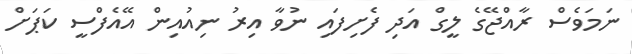
ނަމަވެސް ރާއްޖޭގެ ލީގް އަދި ފެށިފައި ނުވާ އިރު ނިއުއިން އޭއެފްސީ ކަޕަށް